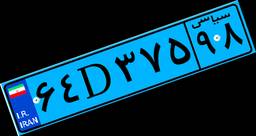
۵۲D۷۴۷۹۴